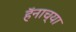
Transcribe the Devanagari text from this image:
हॅनाच्या